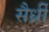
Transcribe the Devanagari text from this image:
सैर्ध्रीं